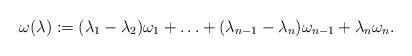
LaTeX: \begin{align*}\omega(\lambda) := (\lambda_{1}-\lambda_{2})\omega_{1} + \ldots + (\lambda_{n-1}-\lambda_{n})\omega_{n-1}+ \lambda_{n}\omega_{n}.\end{align*}